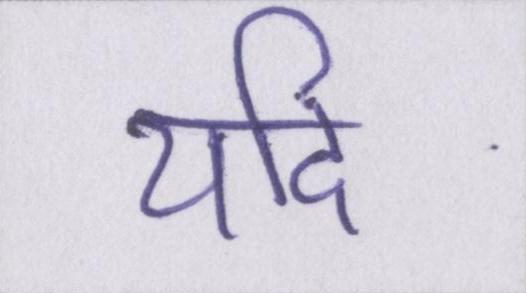
यदि